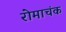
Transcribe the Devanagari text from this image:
रोमाचंक